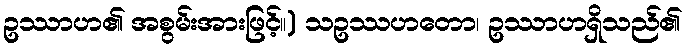
ဥဿာဟ၏ အစွမ်းအားဖြင့်။) သဥဿဟတော၊ ဥဿာဟရှိသည်၏